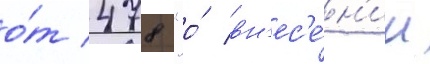
о́т 478 "о́ вн'ес'е́н'ии